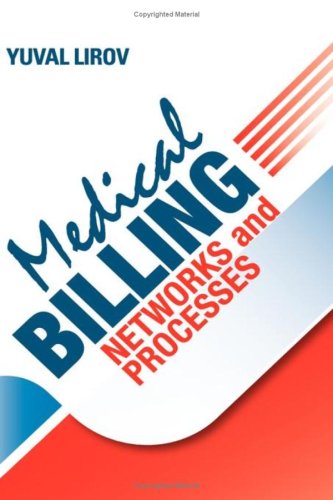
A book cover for Medical Billing Networks and Processes - Profitable and Compliant Revenue Cycle Management in the Internet Age; Yuval Lirov; Business & Money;